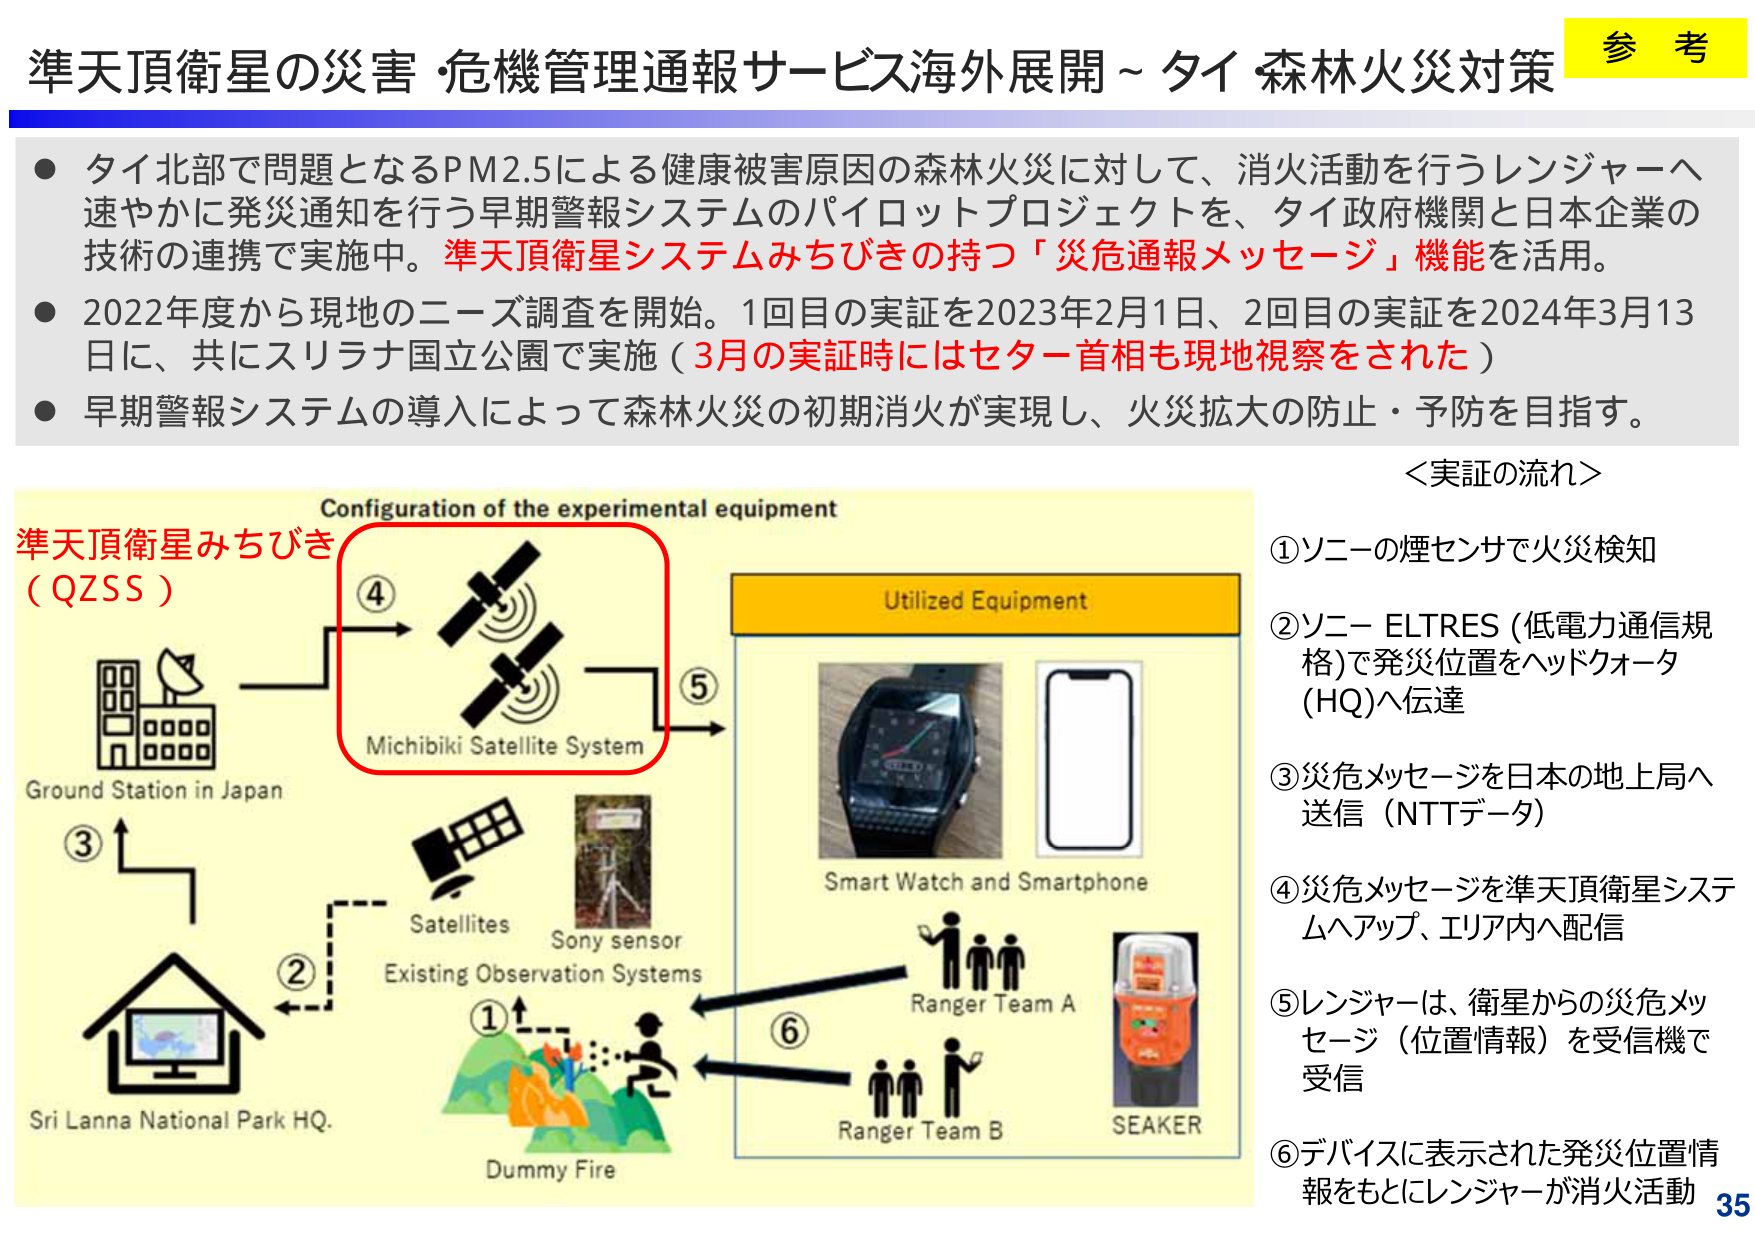
準天頂衛星の災害・危機管理通報サービス海外展開～タイ・森林火災対策

● タイ北部で問題となるPM2.5による健康被害原因の森林火災に対して、消火活動を行うレンジャーへ速やかに発災通知を行う早期警報システムのパイロットプロジェクトを、タイ政府機関と日本企業の技術の連携で実施中。準天頂衛星システムみちびきの持つ「災危通報メッセージ」機能を活用。

● 2022年度から現地のニーズ調査を開始。1回目の実証を2023年2月1日、2回目の実証を2024年3月13日に、共にスリラナ国立公園で実施（3月の実証時にはセター首相も現地視察をされた）

● 早期警報システムの導入によって森林火災の初期消火が実現し、火災拡大の防止・予防を目指す。

＜実証の流れ＞

①ソニーの煙センサで火災検知
②ソニーELTRES（低電力通信規格）で発災位置をヘッドクォータ（HQ）へ伝達
③災危メッセージを日本の地上局へ送信（NTTデータ）
④災危メッセージを準天頂衛星システムへアップ、エリア内へ配信
⑤レンジャーは、衛星からの災危メッセージ（位置情報）を受信機で受信
⑥デバイスに表示された発災位置情報をもとにレンジャーが消火活動

Configuration of the experimental equipment

Ground Station in Japan
Sri Lanna National Park HQ.
Dummy Fire
Satellites
Sony sensor
Existing Observation Systems
Michibiki Satellite System
Utilized Equipment
Smart Watch and Smartphone
Ranger Team A
Ranger Team B
SEAKER

準天頂衛星みちびき（QZSS）
①
②
③
④
⑤
⑥

参考
35